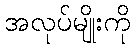
အလုပ်မျိုးကို